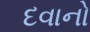
દવાનો